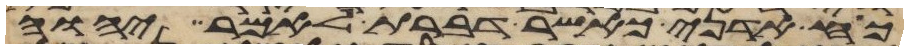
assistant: כח אדני כאשר דברת לאמר יהוה